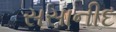
સસાનીદ